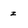
Character: z